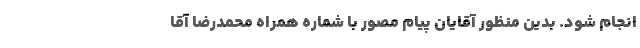
انجام شود. بدین منظور آقایان پیام مصور با شماره همراه محمدرضا آقا